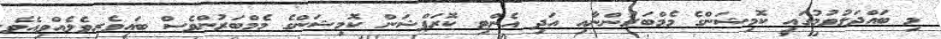
މި ބައްދަލުވުމުގައި ކޮމިޝަންގެ މެމްބަރުންނާއި އަދި އެންޓި ކޮރަޕްޝަން ކޮމިޝަންގެ މެމްބަރުންވެސް ބައިވެރިވެލެއްވިއެވެ.